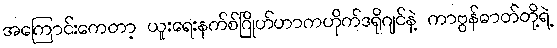
အကြောင်းကေတာ့ ယူးရေးနက်စ်ဂြိုဟ်ဟာကဟိုက်ဒရိုဂျင်နဲ့ ကာဗွန်ဓာတ်တို့ရဲ့